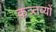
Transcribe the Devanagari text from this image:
कत्र्तव्यों